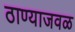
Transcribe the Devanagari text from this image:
ठाण्याजवळ